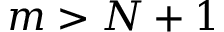
m > N + 1